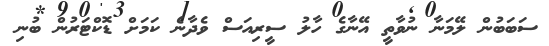
ސަބަބުން ލޭމަނާ ނުވާތީ އޭނާގެ ހާލު ސީރިއަސް ވެދާނެ ކަމަށް ޑޮކްޓަރުން ބުނި